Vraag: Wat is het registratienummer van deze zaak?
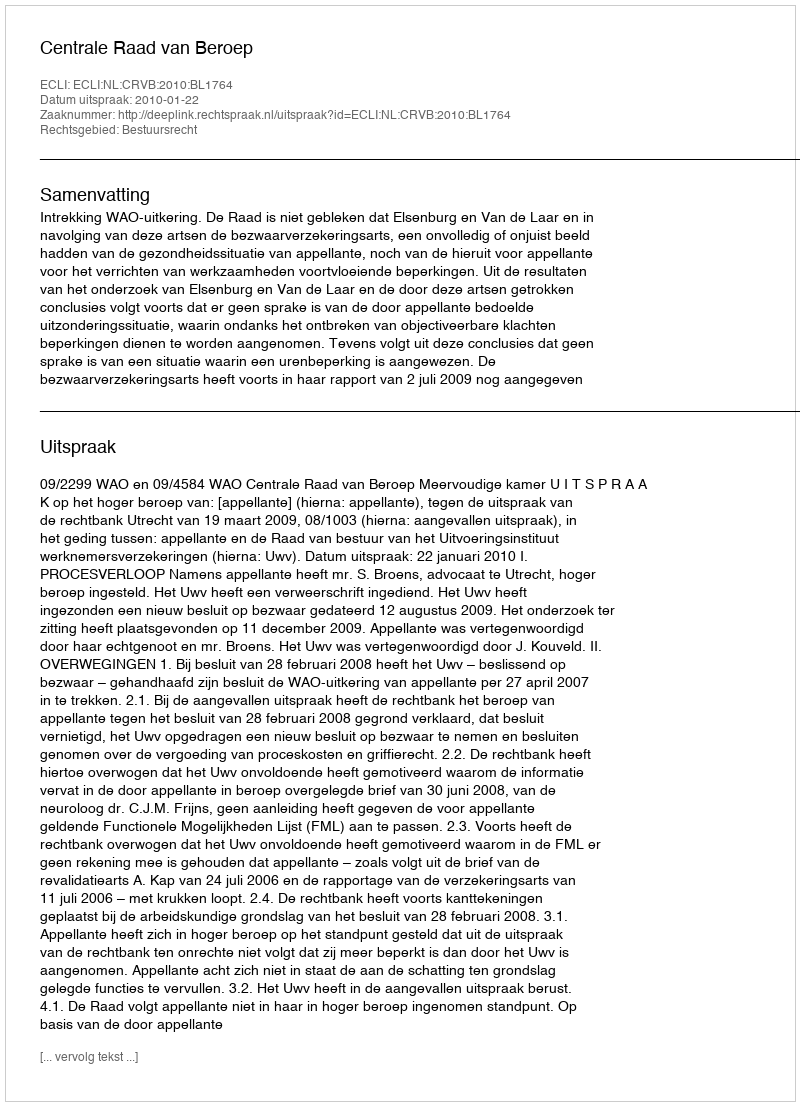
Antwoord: http://deeplink.rechtspraak.nl/uitspraak?id=ECLI:NL:CRVB:2010:BL1764